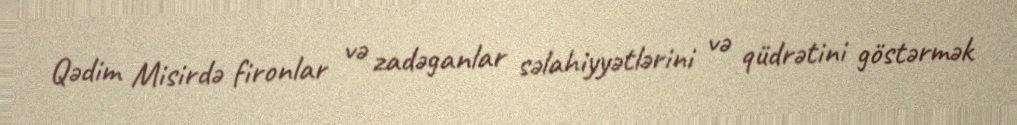
Qədim Misirdə fironlar və zadəganlar səlahiyyətlərini və qüdrətini göstərmək